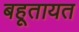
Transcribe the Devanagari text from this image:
बहूतायत